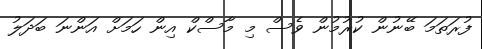
ފުރަތަމަ ބޭނުން ކުރުމުން ވެސް މި މާސްކް އިން ހަމަށް އަންނަ ބަދަލު